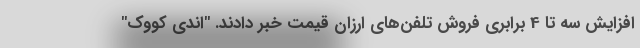
افزایش سه تا 4 برابری فروش تلفن‌های ارزان قیمت خبر دادند. "اندی کووک"